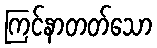
ကြင်နာတတ်သော